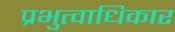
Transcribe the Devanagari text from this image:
प्रभुत्वाधिकार